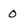
Character: O